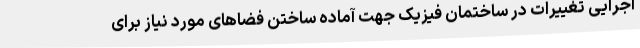
اجرایی تغییرات در ساختمان فیزیک جهت آماده ساختن فضاهای مورد نیاز برای